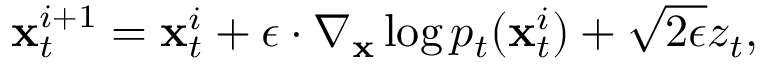
\begin{array} { r } { \mathbf { x } _ { t } ^ { i + 1 } = \mathbf { x } _ { t } ^ { i } + \epsilon \cdot \nabla _ { \mathbf { x } } \log p _ { t } ( \mathbf { x } _ { t } ^ { i } ) + \sqrt { 2 \epsilon } z _ { t } , } \end{array}